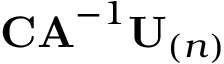
\mathbf { C A } ^ { - 1 } \mathbf { U } _ { ( n ) }